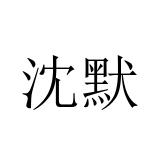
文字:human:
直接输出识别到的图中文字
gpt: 沈默